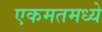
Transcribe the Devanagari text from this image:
एकमतमध्ये